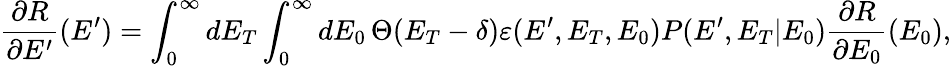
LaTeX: {\frac{\partial R}{\partial E^{\prime}}(E^{\prime})}=\int_{0}^{\infty}\mathop{dE_{T}}\int_{0}^{\infty}\mathop{dE_{0}}\Theta(E_{T}-\delta)\varepsilon(E^{\prime},E_{T},E_{0})P(E^{\prime},E_{T}|E_{0})\frac{\partial R}{\partial E_{0}}(E_{0}),